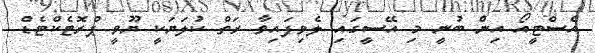
އެސްޓީއޯ އިން ބުނީ މި އޭސީގައި ލެވިފައިވާ ރަތް ކުލަޔަކީ ޔޫވީ ޕްރޮޓެކްޓެޑް